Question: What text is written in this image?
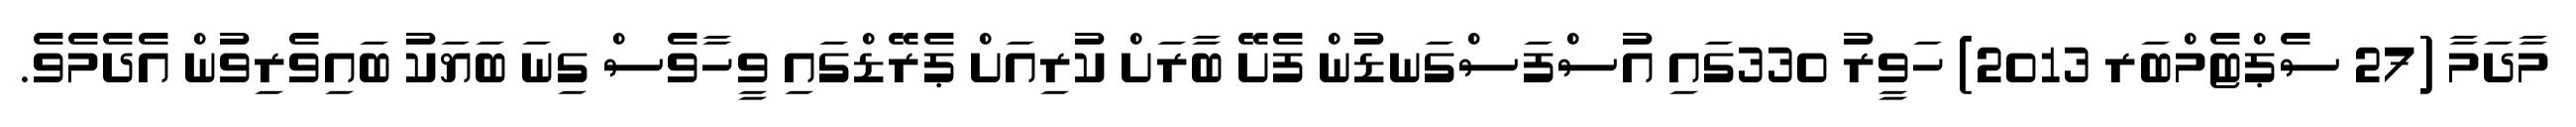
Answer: މާދަމާ (27 ސެޕްޓެމްބަރ 2013) ހަވީރު 330ގައި އުސްފަސްގަނޑުން ފެށޭ ބާރަށް ކުރިއަށް ޕެރޭޑްގައި ވީހާވެސް ގިނަ ބަޔަކު ބައިވެރިވުން އެދެމެވެ.